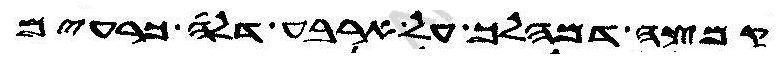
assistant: קמצה דמהלך על ארבע דלה כרעים